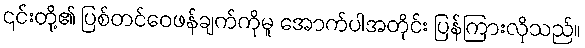
၎င်းတို့၏ ပြစ်တင်ဝေဖန်ချက်ကိုမူ အောက်ပါအတိုင်း ပြန်ကြားလိုသည်။